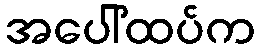
အပေါ်ထပ်က